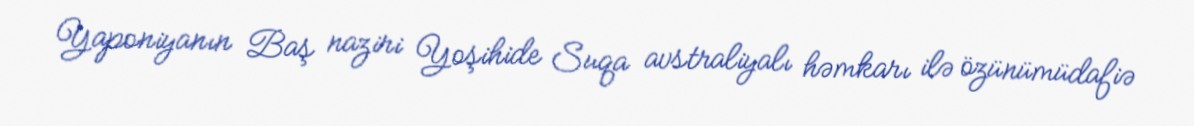
Yaponiyanın Baş naziri Yoşihide Suqa avstraliyalı həmkarı ilə özünümüdafiə